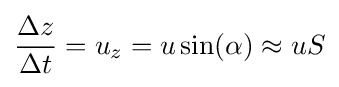
{\frac {\Delta z}{\Delta t}}=u_{z}=u\sin(\alpha )\approx uS